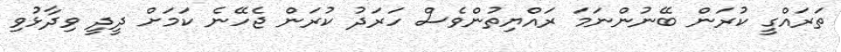
ތަރައްގީ ކުރަން ބޭނުންނަމަ ރައްޔިތުންވެސް ހަރަދު ކުރަން ޖެހޭނެ ކަމަށް ދީދީ ވިދާޅުވި